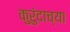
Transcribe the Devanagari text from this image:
कुरुंदाच्या